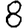
Digit: 8